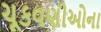
ચૂકવણીઓના